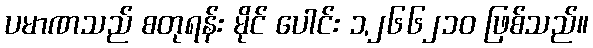
ပမာဏသည် စတုရန်း မိုင် ပေါင်း ၁,၂၆၆၂၁၀ ဖြစ်သည်။